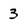
Character: 3